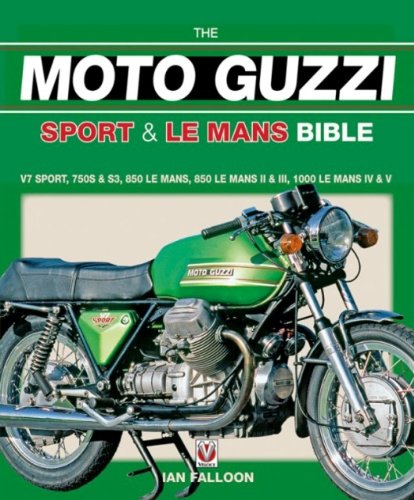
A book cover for The Moto Guzzi Sport & Le Mans Bible; Ian Falloon; Arts & Photography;